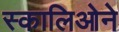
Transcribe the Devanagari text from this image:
स्कालिओने